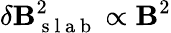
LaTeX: \delta\mathbf{B}_{\mathrm{{~s~l~a~b~}}}^{2}\propto\mathbf{B}^{2}